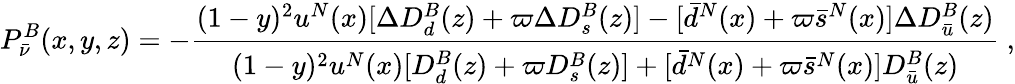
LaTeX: P_{\bar{\nu}}^{B}(x,y,z)=-\frac{(1-y)^{2}u^{N}(x)[\Delta D_{d}^{B}(z)+\varpi\Delta D_{s}^{B}(z)]-[\bar{d}^{N}(x)+\varpi\bar{s}^{N}(x)]\Delta D_{\bar{u}}^{B}(z)}{(1-y)^{2}u^{N}(x)[D_{d}^{B}(z)+\varpi D_{s}^{B}(z)]+[\bar{d}^{N}(x)+\varpi\bar{s}^{N}(x)]D_{\bar{u}}^{B}(z)}~,